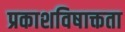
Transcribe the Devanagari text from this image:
प्रकाशविषाक्तता